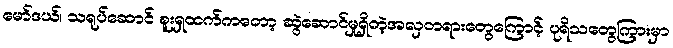
မော်ဒယ်၊ သရုပ်ဆောင် စူးရှထက်ကတော့ ဆွဲဆောင်မှုရှိတဲ့အလှတရားတွေကြောင့် ပုရိသတွေကြားမှာ